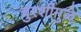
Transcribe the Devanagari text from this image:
चुरशीमुळे